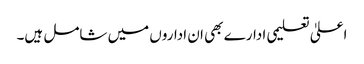
اعلیٰ تعلیمی ادارے بھی ان اداروں میں شامل ہیں۔